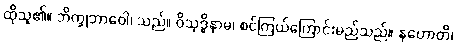
ထိုသူ၏။ ဘိက္ခုဘာဝေါ၊ သည်။ ဝိသုဒ္ဓိနာမ၊ စင်ကြယ်ကြောင်းမည်သည်။ နဟောတိ၊